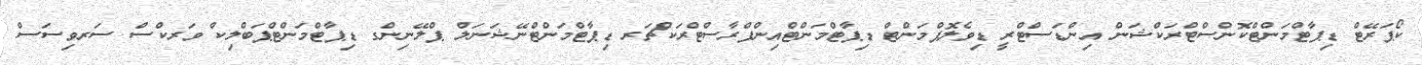
ކޯޕަރޭޓް ޑިޕާޓްމަންޓްކޮންސްޓްރަކްޝަން އިންޑަސްޓްރީ ޑިވެލޮޕްމަންޓް ޑިޕާޓްމަންޓްއިންފްރާސްޓްރަކްޗަރ ޑިޕާޓްމަންޓްނޭޝަނަލް ޕްލޭނިންގ ޑިޕާޓްމަންޓްޕަބްލިކް ވަރކްސް ސަރވިސަސް